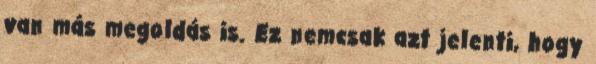
van más megoldás is. Ez nemcsak azt jelenti, hogy